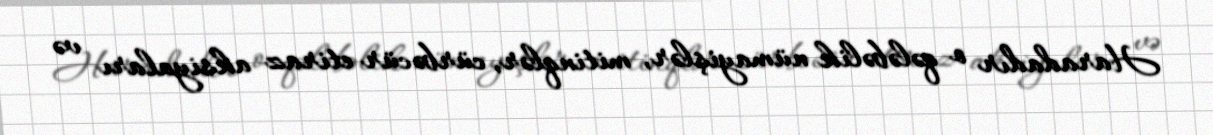
Haradadır o qələbəlik nümayişlər, mitinqlər, cürbəcür etiraz aksiyaları və